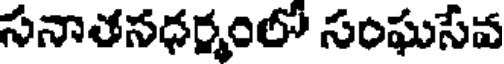
సనాతనధర్మంలో సంఘసేవ